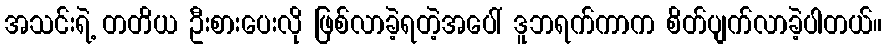
အသင်းရဲ့ တတိယ ဦးစားပေးလို ဖြစ်လာခဲ့ရတဲ့အပေါ် ဒူဘရက်ကာက စိတ်ပျက်လာခဲ့ပါတယ်။